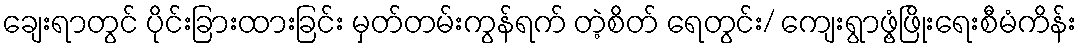
ချေးရာတွင် ပိုင်းခြားထားခြင်း မှတ်တမ်းကွန်ရက် တဲ့စိတ် ရေတွင်း/ ကျေးရွာဖွံ့ဖြိုးရေးစီမံကိန်း